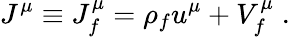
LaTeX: J^{\mu}\equiv J_{f}^{\mu}=\rho_{f}u^{\mu}+V_{f}^{\mu}\; .